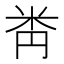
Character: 𥸻